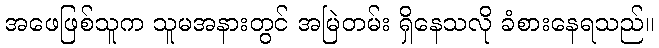
အဖေဖြစ်သူက သူမအနားတွင် အမြဲတမ်း ရှိနေသလို ခံစားနေရသည်။